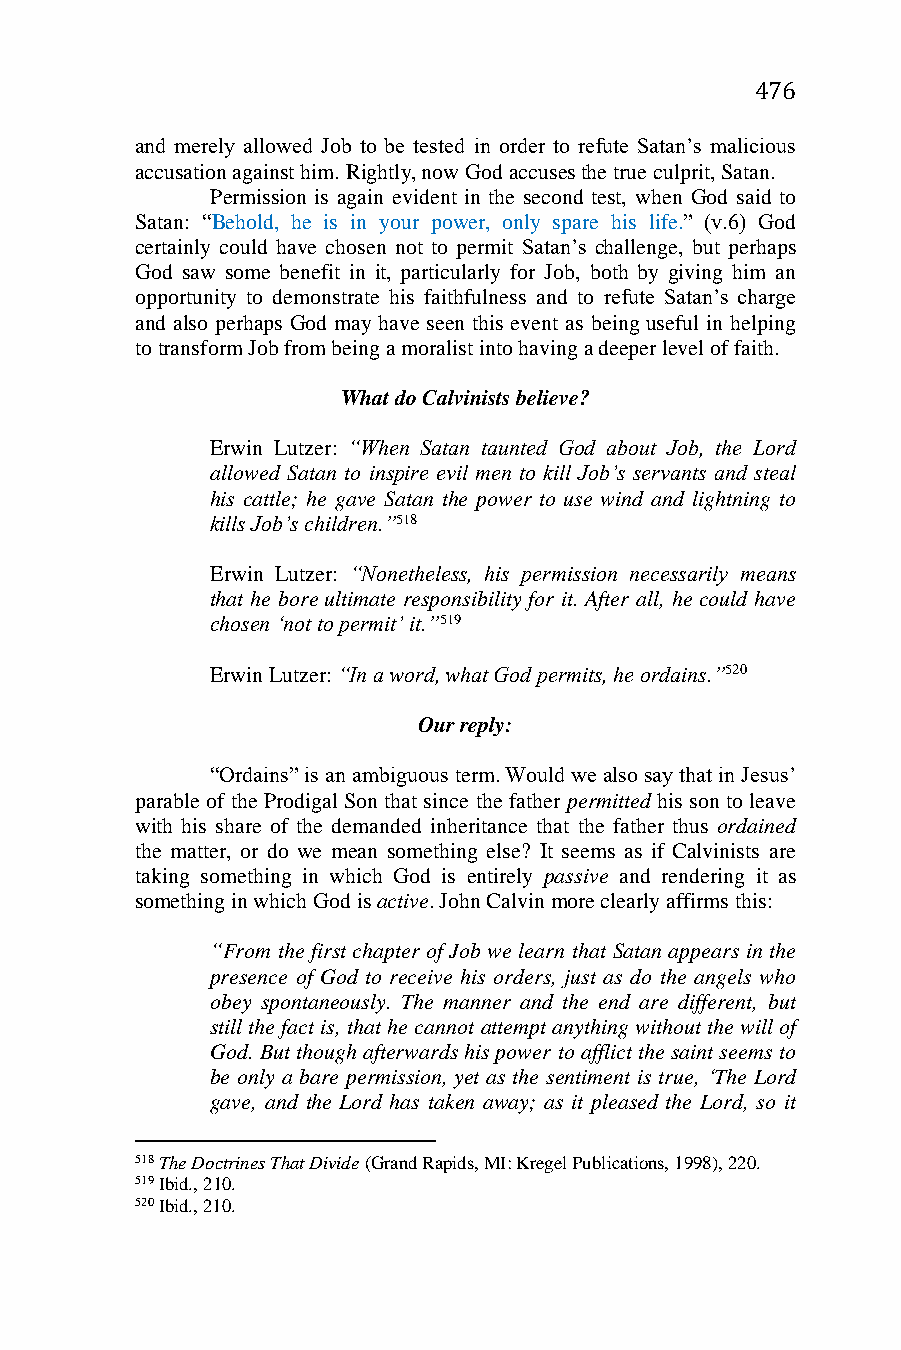
476
 and merely allowed Job to be tested in order to refute Satan’s malicious
 accusation against him. Rightly, now God accuses the true culprit, Satan.
 Permission is again evident in the second test, when God said to
 Satan: “Behold, he is in your power, only spare his life.” (v.6) God
 certainly could have chosen not to permit Satan’s challenge, but perhaps
 God saw some benefit in it, particularly for Job, both by giving him an
 opportunity to demonstrate his faithfulness and to refute Satan’s charge
 and also perhaps God may have seen this event as being useful in helping
 to transform Job from being a moralist into having a deeper level of faith.
 What do Calvinists believe?
 Erwin Lutzer: “When Satan taunted God about Job, the Lord
 allowed Satan to inspire evil men to kill Job’s servants and steal
 his cattle; he gave Satan the power to use wind and lightning to
 kills Job’s children.”518
 Erwin Lutzer: “Nonetheless, his permission necessarily means
 that he bore ultimate responsibility for it. After all, he could have
 chosen ‘not to permit’ it.”519
 Erwin Lutzer: “In a word, what God permits, he ordains.”520
 Our reply:
 “Ordains” is an ambiguous term. Would we also say that in Jesus’
 parable of the Prodigal Son that since the father permitted his son to leave
 with his share of the demanded inheritance that the father thus ordained
 the matter, or do we mean something else? It seems as if Calvinists are
 taking something in which God is entirely passive and rendering it as
 something in which God is active. John Calvin more clearly affirms this:
 “From the first chapter of Job we learn that Satan appears in the
 presence of God to receive his orders, just as do the angels who
 obey spontaneously. The manner and the end are different, but
 still the fact is, that he cannot attempt anything without the will of
 God. But though afterwards his power to afflict the saint seems to
 be only a bare permission, yet as the sentiment is true, ‘The Lord
 gave, and the Lord has taken away; as it pleased the Lord, so it
 518 The Doctrines That Divide (Grand Rapids, MI: Kregel Publications, 1998), 220.
 519 Ibid., 210.
 520 Ibid., 210.